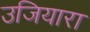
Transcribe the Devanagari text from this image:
उजियारा